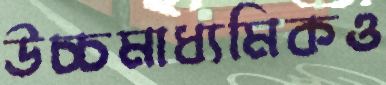
উচ্চমাধ্যমিকও